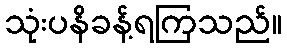
သုံးပနိခန့်ရကြသည်။